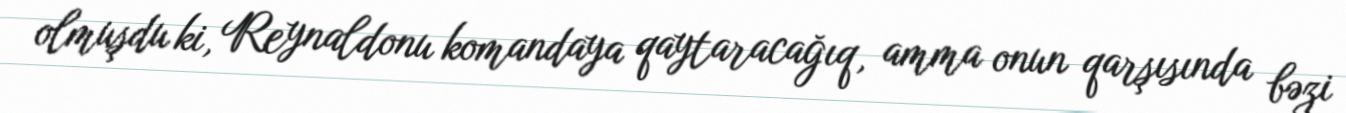
olmuşdu ki, Reynaldonu komandaya qaytaracağıq, amma onun qarşısında bəzi